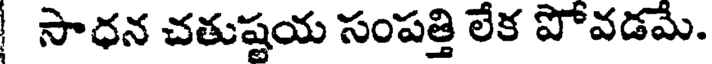
సాధన చతుష్ణయ సంపత్తి లేక పోవడమే.